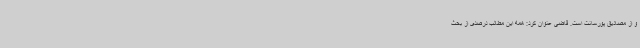
و از مصادیق پورسانت است. قاضی عنوان کرد: همه این مطالب درصدی از بحث